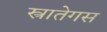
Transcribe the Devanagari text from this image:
स्त्रातेगस